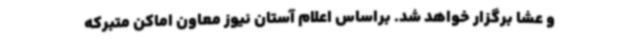
و عشا برگزار خواهد شد. براساس اعلام آستان نیوز معاون اماکن متبرکه